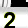
Digit: 2